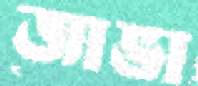
জাভা